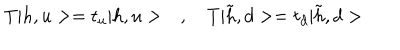
LaTeX: T | h , u > = t _ { u } | h , u > \quad , \quad T | \tilde { h } , d > = t _ { d } | \tilde { h } , d >